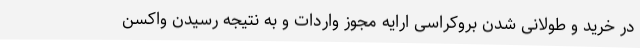
در خرید و طولانی شدن بروکراسی ارایه مجوز واردات و به نتیجه رسیدن واکسن